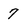
Character: 7